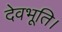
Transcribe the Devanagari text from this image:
देवभूति।